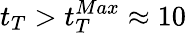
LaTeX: t_{T}>t_{T}^{Max}\approx 10